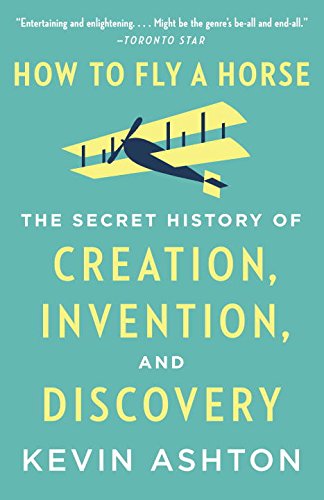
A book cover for How to Fly a Horse: The Secret History of Creation, Invention, and Discovery; Kevin Ashton; Engineering & Transportation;